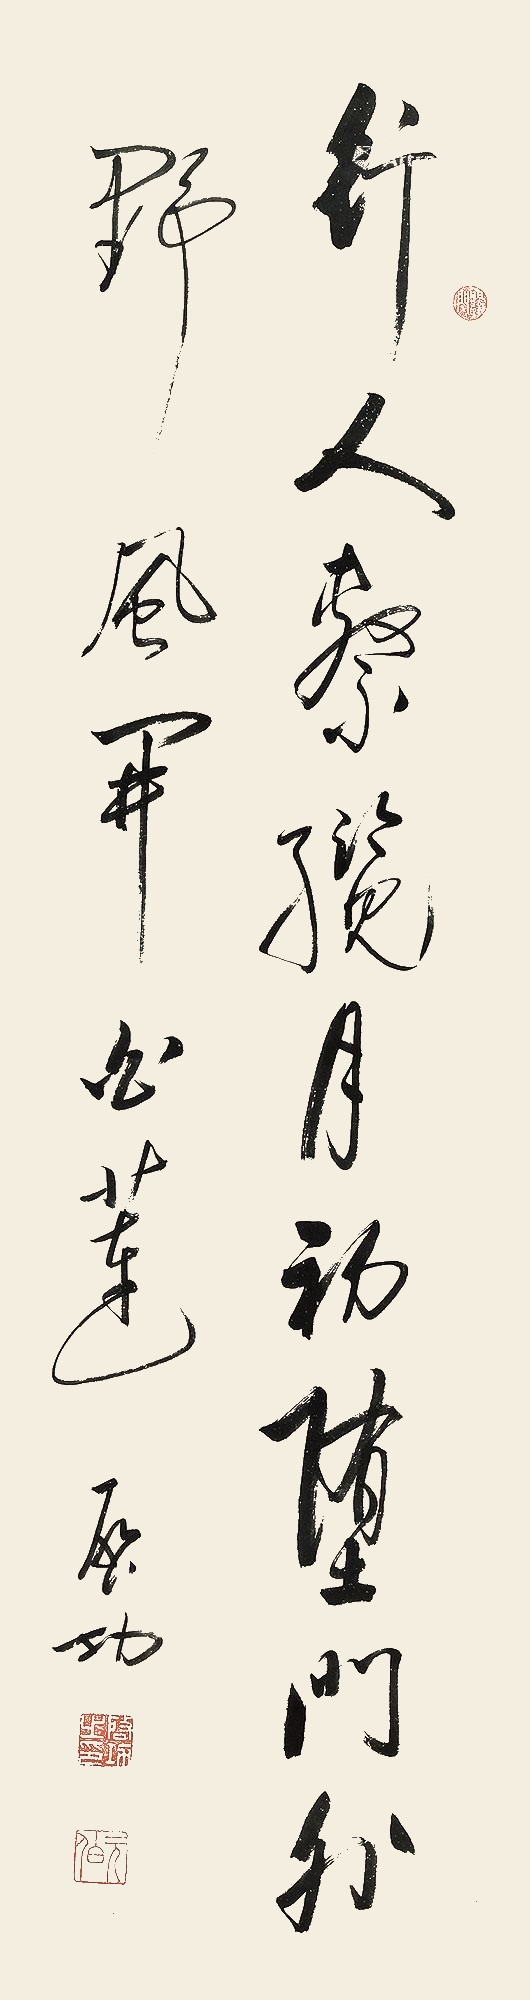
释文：行人系揽月初堕，门外野风开白莲。启功。